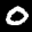
Label: 0